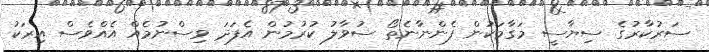
ސަރުކާރުގެ ސިޔާސީ މަގާމަކުން ފެންނާނެތޯ ސުވާލު ކުރުމުން އެފަދަ ވިސްނުމެއް އެއްވެސް އިރަކު